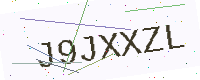
Text: J9JXXZL